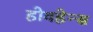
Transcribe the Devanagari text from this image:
होवहेन्स